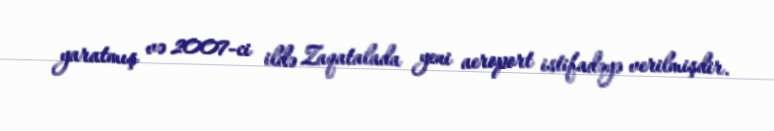
yaratmış və 2007-ci ildə Zaqatalada yeni aeroport istifadəyə verilmişdir.